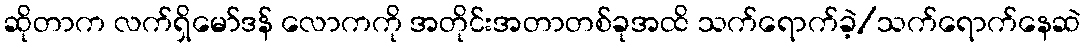
ဆိုတာက လက်ရှိမော်ဒန် လောကကို အတိုင်းအတာတစ်ခုအထိ သက်ရောက်ခဲ့/သက်ရောက်နေဆဲ